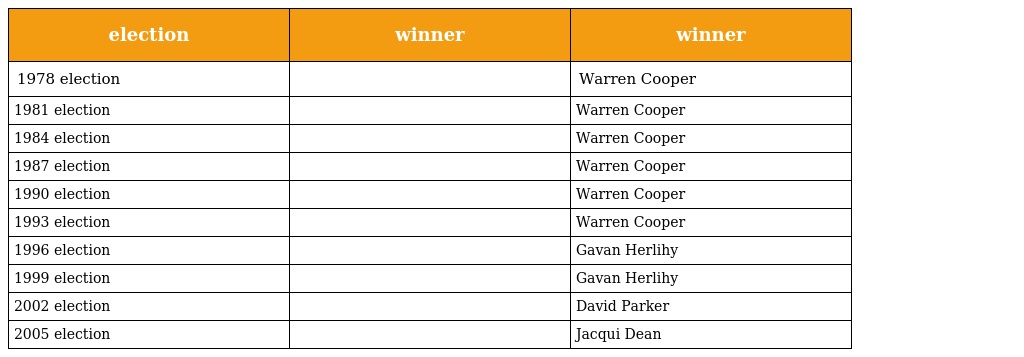
| election | winner | winner |
 | --- | --- | --- |
 | 1978 election |  | Warren Cooper |
 | 1981 election |  | Warren Cooper |
 | 1984 election |  | Warren Cooper |
 | 1987 election |  | Warren Cooper |
 | 1990 election |  | Warren Cooper |
 | 1993 election |  | Warren Cooper |
 | 1996 election |  | Gavan Herlihy |
 | 1999 election |  | Gavan Herlihy |
 | 2002 election |  | David Parker |
 | 2005 election |  | Jacqui Dean |